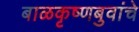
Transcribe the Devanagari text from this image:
बाळकृष्णबुवांचे